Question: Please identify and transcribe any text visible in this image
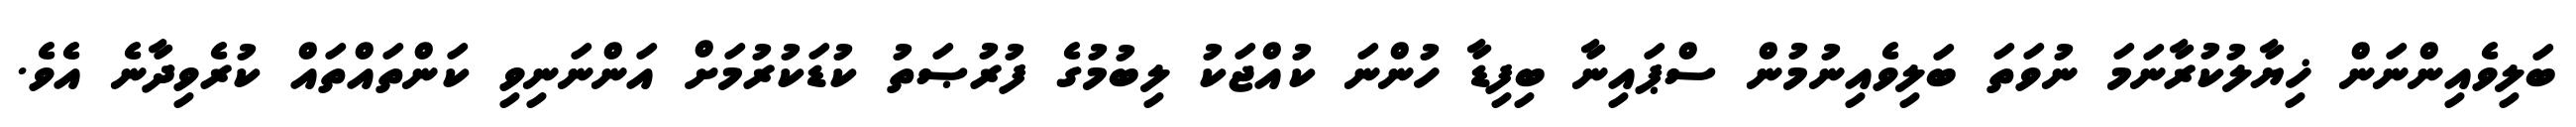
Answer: ބަލިވެއިންނަން ޚިޔާލުކުރާނަމަ ނުވަތަ ބަލިވެއިނުމުން ސްޕައިނާ ބިފިޑާ ހުންނަ ކުއްޖަކު ލިބުމުގެ ފުރުޞަތު ކުޑަކުރުމަށް އަންނަނިވި ކަންތައްތައް ކުރެވިދާނެ އެވެ.